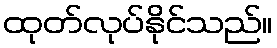
ထုတ်လုပ်နိုင်သည်။